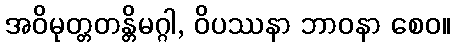
အဝိမုတ္တတန္တိမဂ္ဂါ, ဝိပဿနာ ဘာဝနာ စေဝ။